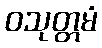
ဝသုတ္တမံ